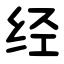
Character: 经